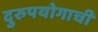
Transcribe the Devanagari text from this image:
दुरुपयोगाची